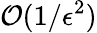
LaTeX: {\cal O}(1/\epsilon^{2})